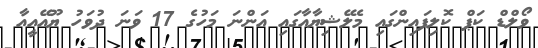
ވޯލްޑް ކަޕް ކޮލިފައިންގައި މެލޭޝިޔާއާގައި އަންނަ މަހުގެ 17 ވަނަ ދުވަހު ޔޫއޭއީއާ